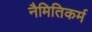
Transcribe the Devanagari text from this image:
नैमितिकर्म